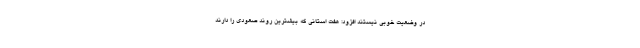
در وضعیت خوبی نیستند افزود: هفت استانی که بیشترین روند صعودی را دارند